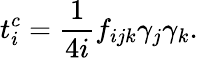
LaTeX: t_{i}^{c}=\frac{1}{4i}f_{ijk}{{\gamma}}_{j}{{\gamma}}_{k}.